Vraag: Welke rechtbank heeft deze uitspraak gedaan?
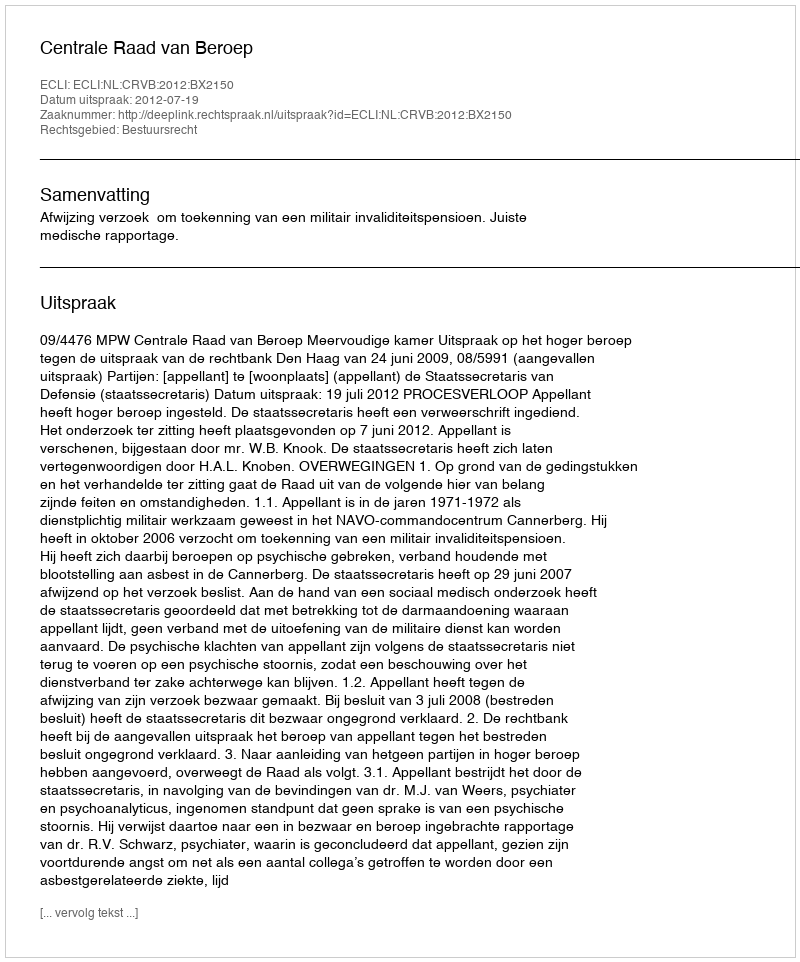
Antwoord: Centrale Raad van Beroep